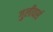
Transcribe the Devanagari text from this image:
गुलीवर्स